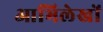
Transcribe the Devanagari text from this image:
आभिलेखों